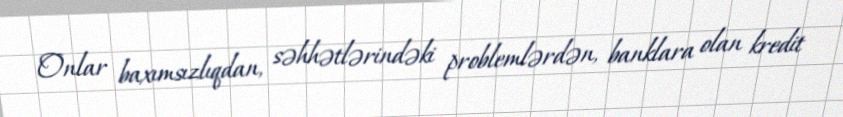
Onlar baxımsızlıqdan, səhhətlərindəki problemlərdən, banklara olan kredit